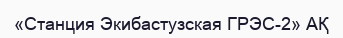
«Станция Экибастузская ГРЭС-2» АҚ